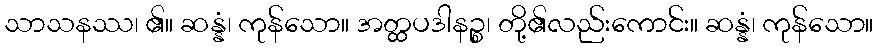
သာသနဿ၊ ၏။ ဆန္နံ၊ ကုန်သော။ အတ္ထပဒါနဉ္စ၊ တို့၏လည်းကောင်း။ ဆန္နံ၊ ကုန်သော။